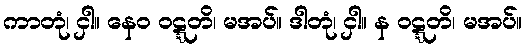
ကာတုံ၊ ငှါ။ နေဝ ဝဋ္ဋတိ၊ မအပ်။ ဒါတုံ၊ ငှါ။ န ဝဋ္ဋတိ၊ မအပ်။